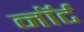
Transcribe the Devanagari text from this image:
नॉर्ट